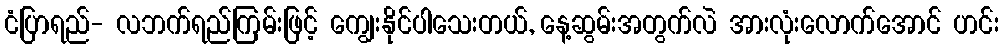
ငံပြာရည်- လဘက်ရည်ကြမ်းဖြင့် ကျွေးနိုင်ပါသေးတယ်, နေ့ဆွမ်းအတွက်လဲ အားလုံးလောက်အောင် ဟင်း